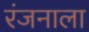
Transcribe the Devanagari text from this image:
रंजनाला